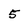
Character: 5